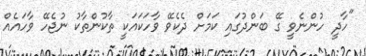
"ހާދީ ހުންނެވީ ގޭ ބަންދުގައި ކަމަށް ދެކެވޭ ވާހަކައަކީ ތާކުންތާކު ނުޖެހޭ ވާހައެއް